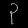
Digit: ၃